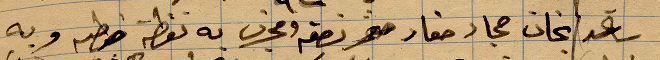
فيها بخان مجاد حفاد صخر نصفه ومجرى به نقطة ....وبه